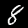
Label: 8